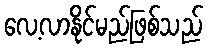
လေ့လာနိုင်မည်ဖြစ်သည်